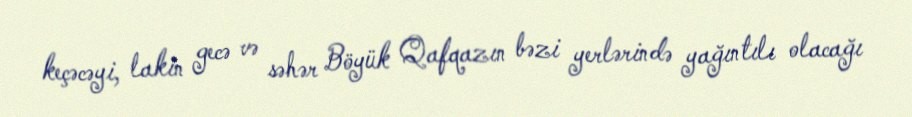
keçəcəyi, lakin gecə və səhər Böyük Qafqazın bəzi yerlərində yağıntılı olacağı